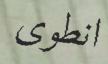
انطوى